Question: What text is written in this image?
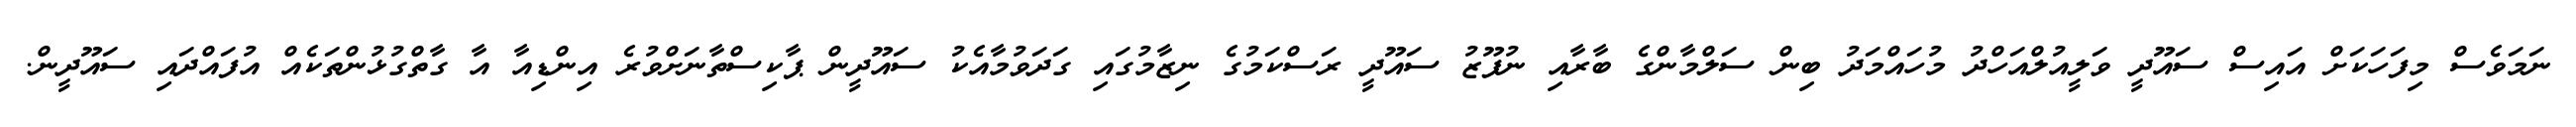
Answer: ނަމަވެސް މިފަހަކަށް އައިސް ސައޫދީ ވަލީއުލްއަހްދު މުހައްމަދު ބިން ސަލްމާންގެ ބާރާއި ނުފޫޒު ސައޫދީ ރަސްކަމުގެ ނިޒާމުގައި ގަދަވުމާއެކު ސައޫދީން ޕާކިސްތާނަށްވުރެ އިންޑިއާ އާ ގާތްގުޅުންތަކެއް އުފައްދައި ސައޫދީން.